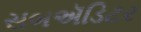
સબઍડિટર